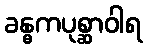
ခန္ဓကပုစ္ဆာဝါရ